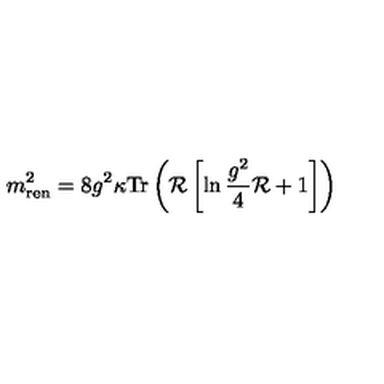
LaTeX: m _ { \mathrm { r e n } } ^ { 2 } = 8 g ^ { 2 } \kappa \mathrm { T r } \left( { \cal R } \left[ \ln \frac { g ^ { 2 } } { 4 } { \cal R } + 1 \right] \right)